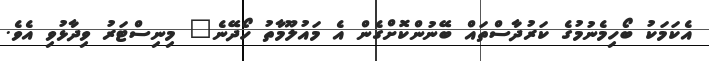
އެކަމަކު ބޯހިމެނުމުގެ ކަރުދާސްތައް ބޭނުންކޮށްގެން އެ މައުލޫމާތު ހޯދޭނެ" މިނިސްޓަރު ވިދާޅުވި އެވެ.